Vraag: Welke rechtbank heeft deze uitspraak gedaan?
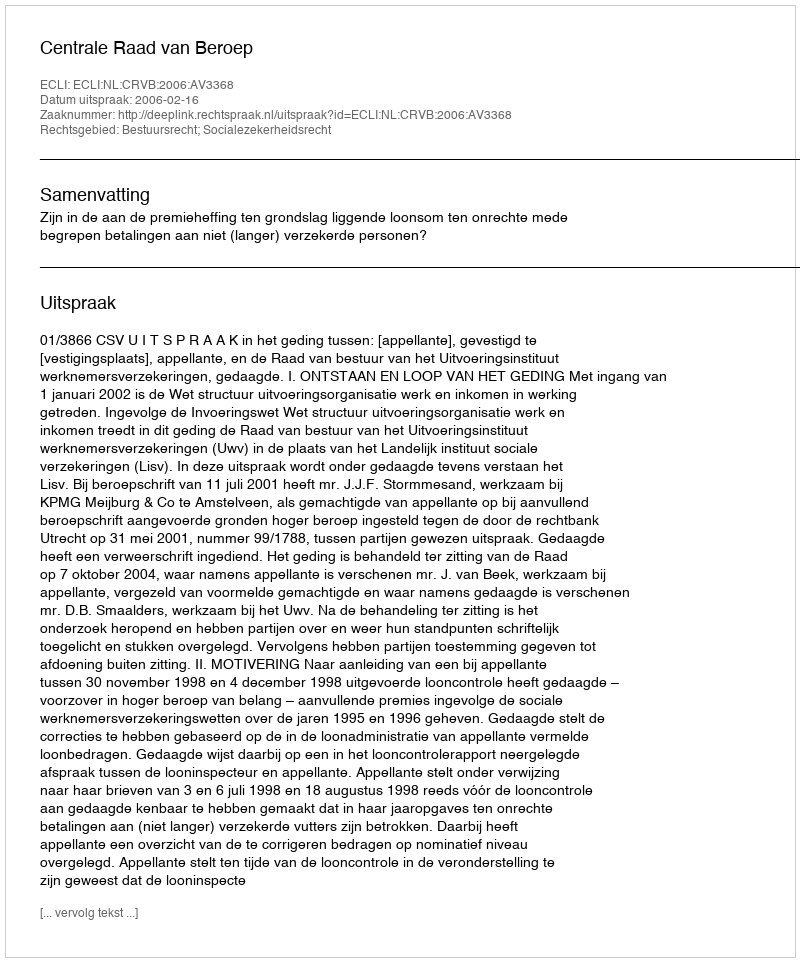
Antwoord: Centrale Raad van Beroep